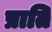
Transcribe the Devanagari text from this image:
प्राति